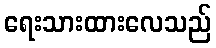
ရေးသားထားလေသည်